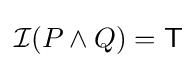
{\mathcal {I}}(P\land Q)={\mathsf {T}}